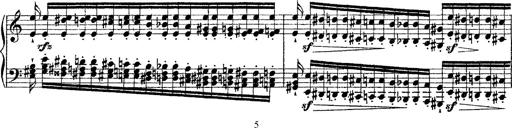
Title: Grande fantasie di bravura sur La clochette
Composer: Franz Liszt
Key: A minor